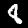
Digit: 8